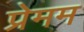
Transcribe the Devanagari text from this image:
प्रेमम